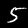
Label: 5